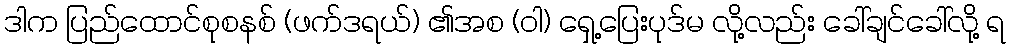
ဒါက ပြည်ထောင်စုစနစ် (ဖက်ဒရယ်) ၏အစ (ဝါ) ရှေ့ပြေးပုဒ်မ လို့လည်း ခေါ်ချင်ခေါ်လို့ ရ